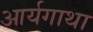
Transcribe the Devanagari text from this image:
आर्यगाथा